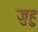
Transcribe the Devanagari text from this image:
जुहु